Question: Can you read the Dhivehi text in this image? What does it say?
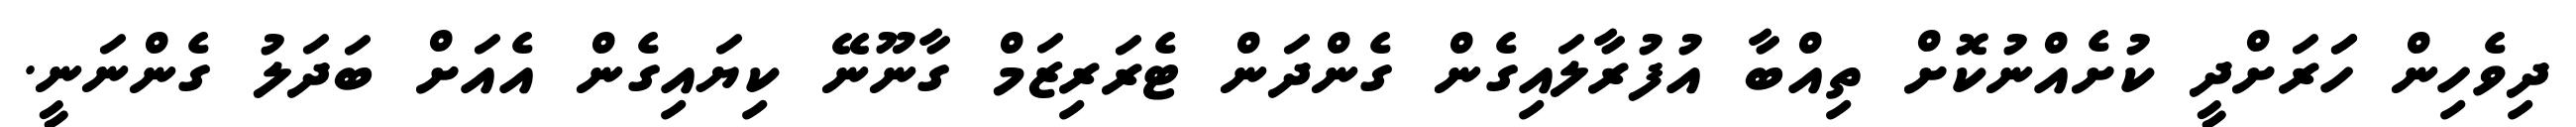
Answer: ދިވެހިން ހަަރަށްދީ ކުށެއްނުކޮށް ތިއްބާ އުފުރާލައިގެން ގެންދަން ޓެރަރިޒަމް ގާނޫނޭ ކިޔައިގެން އެއަށް ބަދަލު ގެންނަނީ.